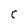
Character: C